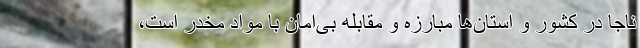
ناجا در کشور و استان‌ها مبارزه و مقابله بی‌امان با مواد مخدر است،